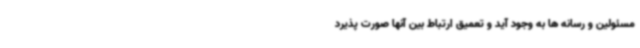
مسئولین و رسانه ها به وجود آید و تعمیق ارتباط بین آنها صورت پذیرد